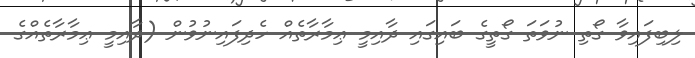
ލިބިފައިވާ ގޯތި ނުވަތަ ގޯތީގެ ބައިގައި ދާއިމީ ޢިމާރާތެއް ހެދިފައިނުވުން (ދާއިމީ ޢިމާރާތެއްގެ